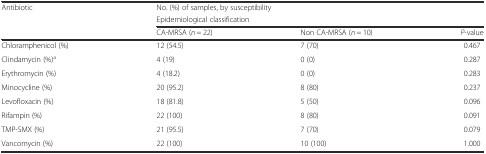
<table><thead><tr><td rowspan="3"><b>Antibiotic</b></td><td colspan="3"><b>No. (%) of samples, by susceptibility</b></td></tr><tr><td colspan="3"><b>Epidemiological classification</b></td></tr><tr><td><b>CA-MRSA (<i>n</i> = 22)</b></td><td><b>Non CA-MRSA (<i>n</i> = 10)</b></td><td><b><i>P</i>-value</b></td></tr></thead><tbody><tr><td>Chloramphenicol (%)</td><td>12 (54.5)</td><td>7 (70)</td><td>0.467</td></tr><tr><td>Clindamycin (%)<sup>a</sup></td><td>4 (19)</td><td>0 (0)</td><td>0.287</td></tr><tr><td>Erythromycin (%)</td><td>4 (18.2)</td><td>0 (0)</td><td>0.283</td></tr><tr><td>Minocycline (%)</td><td>20 (95.2)</td><td>8 (80)</td><td>0.237</td></tr><tr><td>Levofloxacin (%)</td><td>18 (81.8)</td><td>5 (50)</td><td>0.096</td></tr><tr><td>Rifampin (%)</td><td>22 (100)</td><td>8 (80)</td><td>0.091</td></tr><tr><td>TMP-SMX (%)</td><td>21 (95.5)</td><td>7 (70)</td><td>0.079</td></tr><tr><td>Vancomycin (%)</td><td>22 (100)</td><td>10 (100)</td><td>1.000</td></tr></tbody></table>